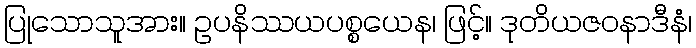
ပြုသောသူအား။ ဥပနိဿယပစ္စယေန၊ ဖြင့်။ ဒုတိယဇဝနာဒီနံ၊